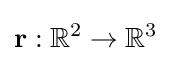
\mathbf {r} :\mathbb {R} ^{2}\to \mathbb {R} ^{3}